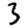
Digit: 3